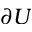
\partial U